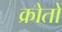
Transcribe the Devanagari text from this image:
क्रोतों